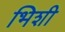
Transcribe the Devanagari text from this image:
भिशी